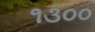
૧૩૦૦